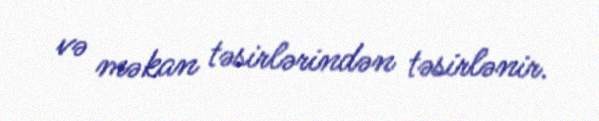
və məkan təsirlərindən təsirlənir.